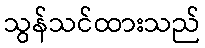
သွန်သင်ထားသည်